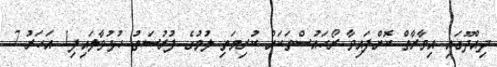
ދިއްދޫގައި އިމާރާތް ކޮށްފައިވާ ރޯހައުސްތަކަށް ކުރިމަތި ލުމުގެ ފުުރުސަތު ހުޅުވާލައިފި1 އަހަރު 7